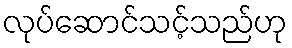
လုပ်ဆောင်သင့်သည်ဟု